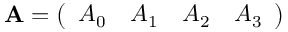
\mathbf { A } = { \left( \begin{array} { l l l l } { A _ { 0 } } & { A _ { 1 } } & { A _ { 2 } } & { A _ { 3 } } \end{array} \right) }